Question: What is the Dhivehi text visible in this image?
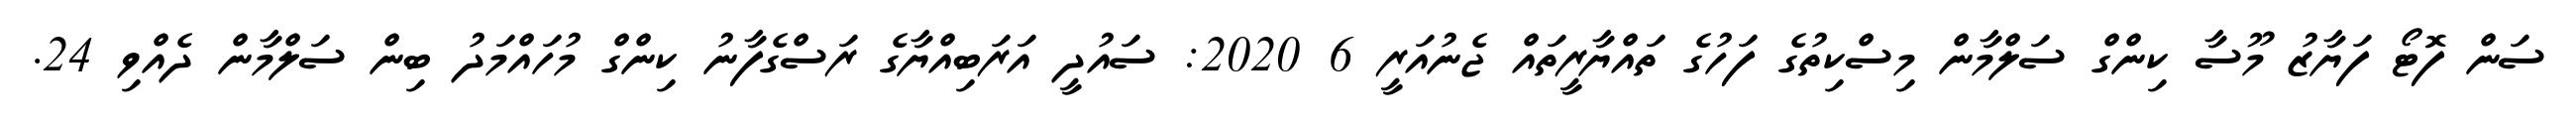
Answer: ސަން ފޮޓޯ ފަޔާޒު މޫސާ ކިންގް ސަލްމާން މިސްކިތުގެ ފަހުގެ ތައްޔާރީތައް ޖެނުއަރީ 6 2020: ސައުދީ އަރަބިއްޔާގެ ރަސްގެފާނު ކިންގް މުހައްމަދު ބިން ސަލްމާން ދެއްވި 24.